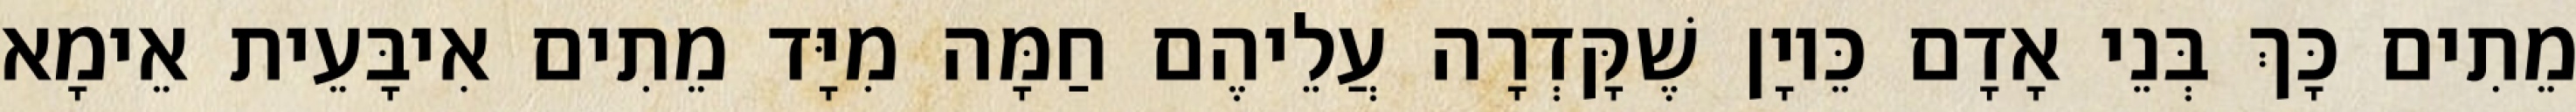
מֵתִים כָּךְ בְּנֵי אָדָם כֵּיוָן שֶׁקָּדְרָה עֲלֵיהֶם חַמָּה מִיָּד מֵתִים אִיבָּעֵית אֵימָא